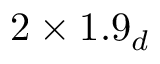
2 \times 1 . 9 _ { d }